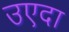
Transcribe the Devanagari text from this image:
उएदा